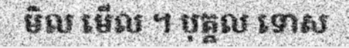
មិល មើល ។ បុគ្គល ទោស